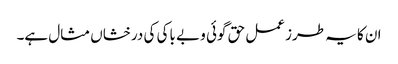
ان کا یہ طرز عمل حق گوئی و بے باکی کی درخشاں مثال ہے۔